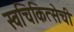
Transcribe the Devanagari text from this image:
स्वचिकित्सेची